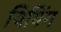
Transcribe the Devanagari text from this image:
यियिंग